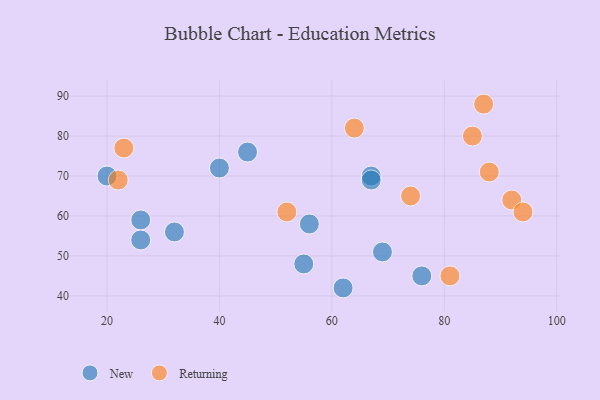
{"axis": {"x": "GDP", "y": "Life Expectancy"}, "legend": ["New", "Returning"], "data": [{"x": "40", "y": 72, "type": "New"}, {"x": "32", "y": 56, "type": "New"}, {"x": "55", "y": 48, "type": "New"}, {"x": "56", "y": 58, "type": "New"}, {"x": "76", "y": 45, "type": "New"}, {"x": "67", "y": 70, "type": "New"}, {"x": "26", "y": 59, "type": "New"}, {"x": "26", "y": 54, "type": "New"}, {"x": "62", "y": 42, "type": "New"}, {"x": "20", "y": 70, "type": "New"}, {"x": "69", "y": 51, "type": "New"}, {"x": "45", "y": 76, "type": "New"}, {"x": "67", "y": 69, "type": "New"}, {"x": "92", "y": 64, "type": "Returning"}, {"x": "88", "y": 71, "type": "Returning"}, {"x": "22", "y": 69, "type": "Returning"}, {"x": "23", "y": 77, "type": "Returning"}, {"x": "74", "y": 65, "type": "Returning"}, {"x": "85", "y": 80, "type": "Returning"}, {"x": "87", "y": 88, "type": "Returning"}, {"x": "52", "y": 61, "type": "Returning"}, {"x": "94", "y": 61, "type": "Returning"}, {"x": "64", "y": 82, "type": "Returning"}, {"x": "81", "y": 45, "type": "Returning"}]}